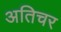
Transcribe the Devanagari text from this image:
अतिचर